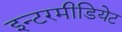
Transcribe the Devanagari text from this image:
इन्टरमीडियेट